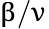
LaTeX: \upbeta/\upnu